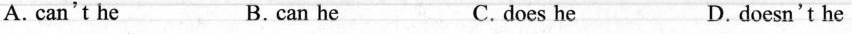
A. can't he B. can he C. does he D. doesn't he